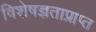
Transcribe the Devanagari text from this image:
विशेषज्ञताप्राप्त